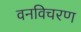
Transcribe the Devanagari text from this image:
वनविचरण